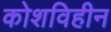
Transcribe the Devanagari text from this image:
कोशविहीन